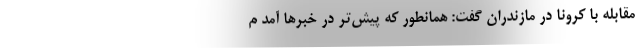
مقابله با کرونا در مازندران گفت: همانطور که پیش‌تر در خبرها آمد م